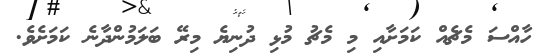
ހާއްސަ މެޗެއް ކަމަށާއި މި މެޗު މުޅި ދުނިޔެ މިރޭ ބަލަމުންދާނެ ކަމަށެވެ.